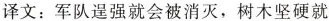
译文：军队逞强就会被消灭，树木坚硬就